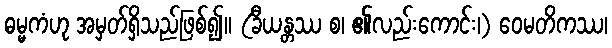
ဓမ္မကံဟု အမှတ်ရှိသည်ဖြစ်၍။ (ခီယန္တဿ စ၊ ၏လည်းကောင်း၊) ဝေမတိကဿ၊